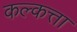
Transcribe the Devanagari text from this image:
कल्कत्ता